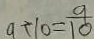
9 \div 1 0 = \frac { 9 } { 1 0 }